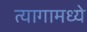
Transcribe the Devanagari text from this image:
त्यागामध्ये